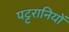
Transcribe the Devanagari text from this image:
पट्टरानियों